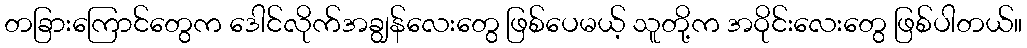
တခြားကြောင်တွေက ဒေါင်လိုက်အချွန်လေးတွေ ဖြစ်ပေမယ့် သူတို့က အဝိုင်းလေးတွေ ဖြစ်ပါတယ်။